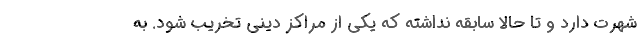
شهرت دارد و تا حالا سابقه نداشته که یکی از مراکز دینی تخریب شود. به